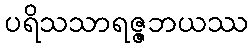
ပရိသသာရဇ္ဇဘယဿ